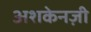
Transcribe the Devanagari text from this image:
अशकेनज़ी